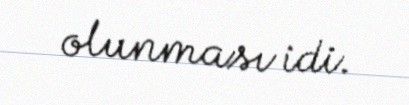
olunması idi.